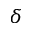
\delta